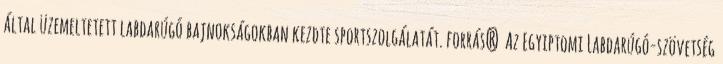
által üzemeltetett labdarúgó bajnokságokban kezdte sportszolgálatát. forrás? Az Egyiptomi Labdarúgó-szövetség